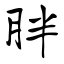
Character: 胖